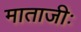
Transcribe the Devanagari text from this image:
माताजीः